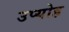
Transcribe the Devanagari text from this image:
उप्योह